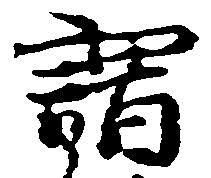
謂